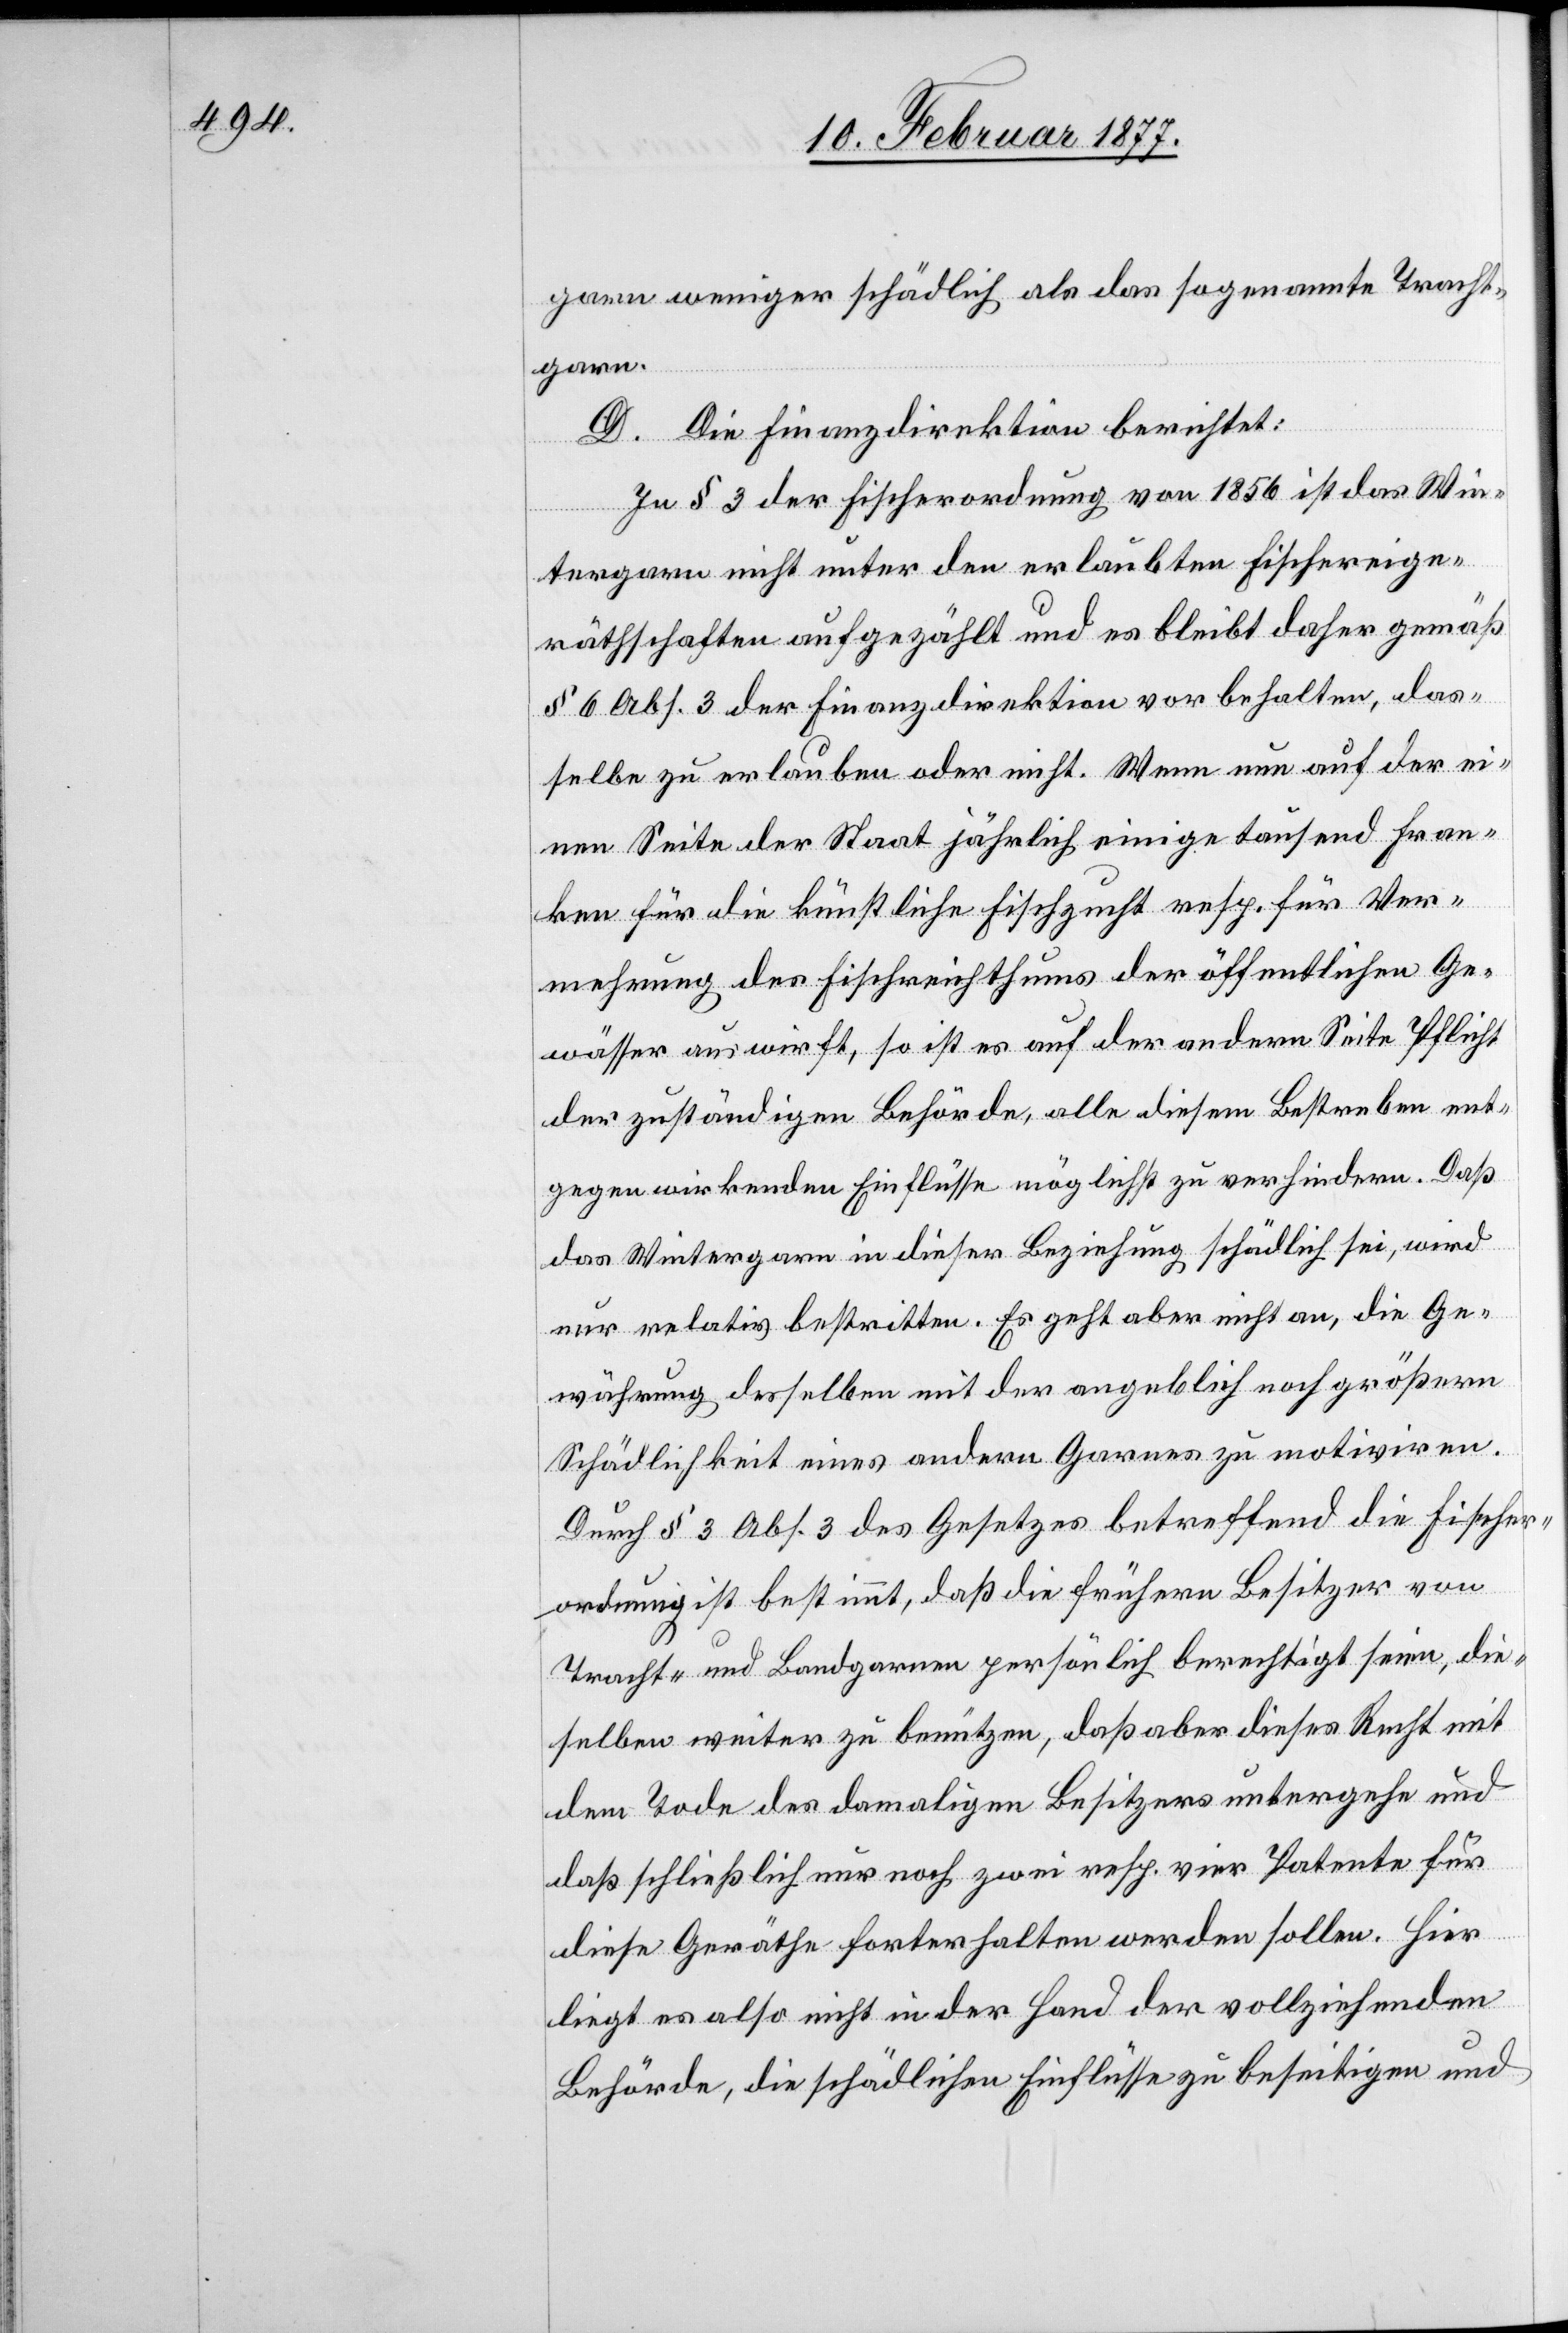
garn weniger schädlich als das sogenannte Tracht¬
garn.
D. Die Finanzdirektion berichtet:
In § 3 der Fischerordnung von 1856 ist das Win¬
tergarn nicht unter den erlaubten Fischereige¬
räthschaften aufgezählt und es bleibt daher gemäß
§ 6 Abs. 3 der Finanzdirektion vorbehalten, das¬
selbe zu erlauben oder nicht. Wenn nun auf der ei¬
nen Seite der Staat jährlich einige tausend Fran¬
ken für die künstliche Fischzucht resp. für Ver¬
mehrung des Fischreichthums der öffentlichen Ge¬
wässer auswirft, so ist es auf der andern Seite Pflicht
der zuständigen Behörde, alle diesem Bestreben ent¬
gegen wirkenden Einflüsse möglichst zu verhindern. Daß
das Wintergarn in dieser Beziehung schädlich sei, wird
nur relativ bestritten. Es geht aber nicht an, die Ge¬
währung desselben mit der angeblich noch größern
Schädlichkeit eines andern Garnes zu motiviren.
Durch § 3 Abs. 3 des Gesetzes betreffend die Fischer¬
ordnung ist bestimmt, daß die frühern Besitzer von
Tracht- und Bandgarnen persönlich berechtigt seien, die¬
selben weiter zu benützen, daß aber dieses Recht mit
dem Tode des damaligen Besitzers untergehe und
daß schließlich nur noch zwei resp. vier Patente für
diese Geräthe forterhalten werden sollen. Hier
liegt es also nicht in der Hand der vollziehenden
Behörde, die schädlichen Einflüsse zu beseitigen und